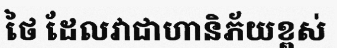
ថៃ ដែលវាជាហានិភ័យខ្ពស់